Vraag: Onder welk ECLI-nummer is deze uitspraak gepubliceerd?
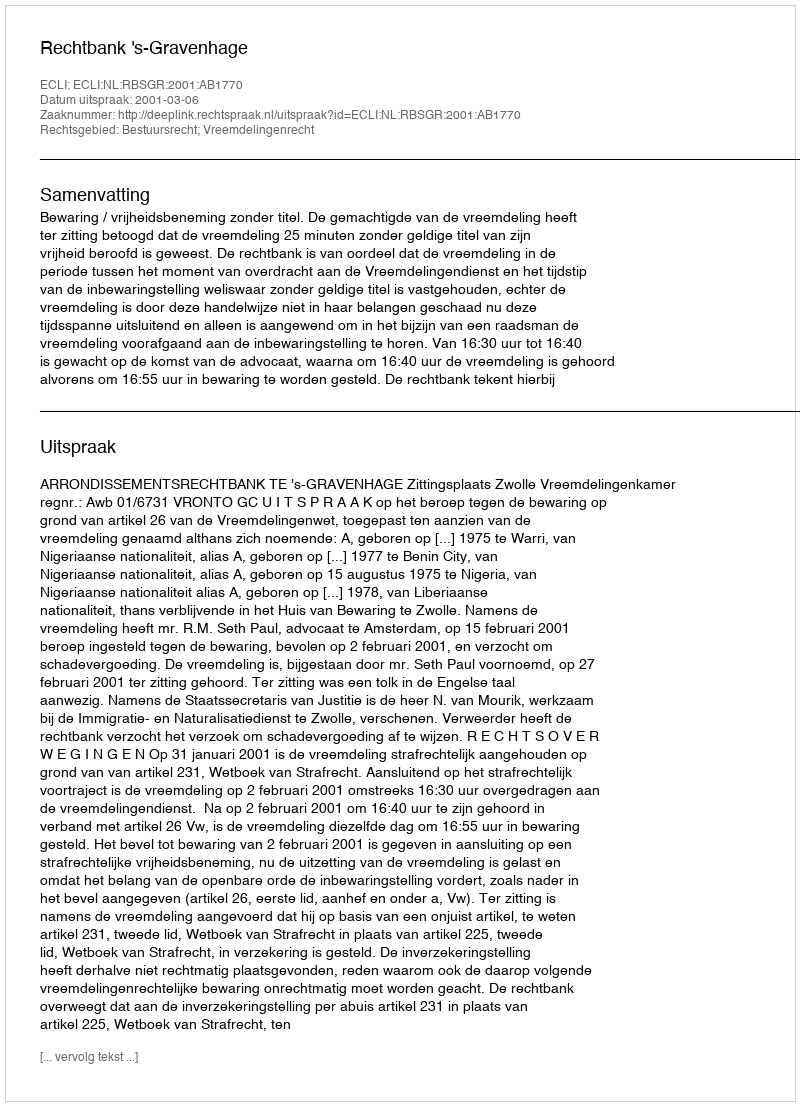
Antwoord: ECLI:NL:RBSGR:2001:AB1770